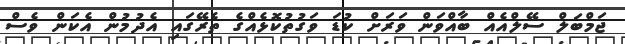
ޖަމްބަލް ސޭލްއެއް ބާއްވަން ވަރަށް ކުޑަ ވަގުތުކޮޅެއްގެ ތެރޭގައި އެދުމުން އެކަން ވެސް